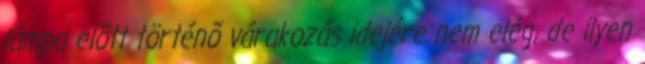
lámpa elõtt történõ várakozás idejére nem elég, de ilyen